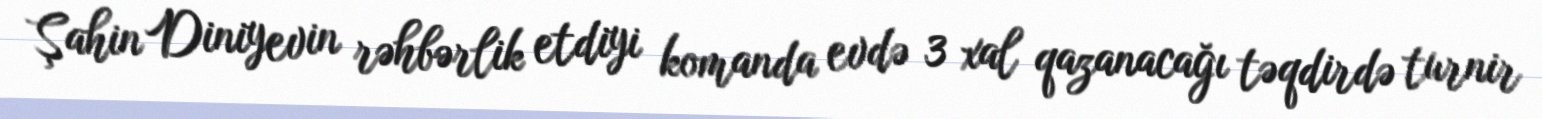
Şahin Diniyevin rəhbərlik etdiyi komanda evdə 3 xal qazanacağı təqdirdə turnir